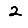
Digit: 2